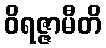
ဝိရဇ္ဇာမီတိ